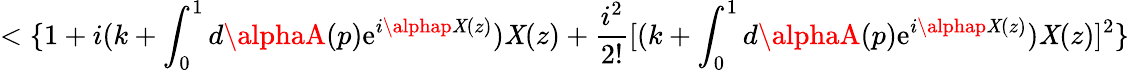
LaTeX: <\{ 1+i(k+\int_{0}^{1}d\alphaA(p)\mathrm{e}^{i\alphap\mathit{X}(z)})\mathit{X}(z)+\frac{{i^{2}}}{{2!}}[(k+\int_{0}^{1}d\alphaA(p)\mathrm{e}^{i\alphap\mathit{X}(z)})\mathit{X}(z)]^{2}\}